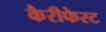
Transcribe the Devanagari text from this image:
कैरीफेस्ट